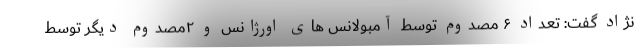
نژاد گفت: تعداد ۶ مصدوم توسط آمبولانس های اورژانس و ۲مصدوم دیگر توسط